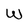
Character: W